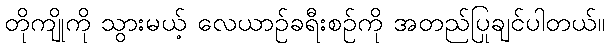
တိုကျိုကို သွားမယ့် လေယာဉ်ခရီးစဉ်ကို အတည်ပြုချင်ပါတယ်။